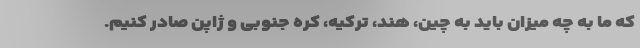
که ما به چه میزان باید به چین، هند، ترکیه، کره جنوبی و ژاپن صادر کنیم.